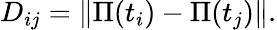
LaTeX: D_{ij}=\Vert\Pi(t_{i})-\Pi(t_{j})\Vert.